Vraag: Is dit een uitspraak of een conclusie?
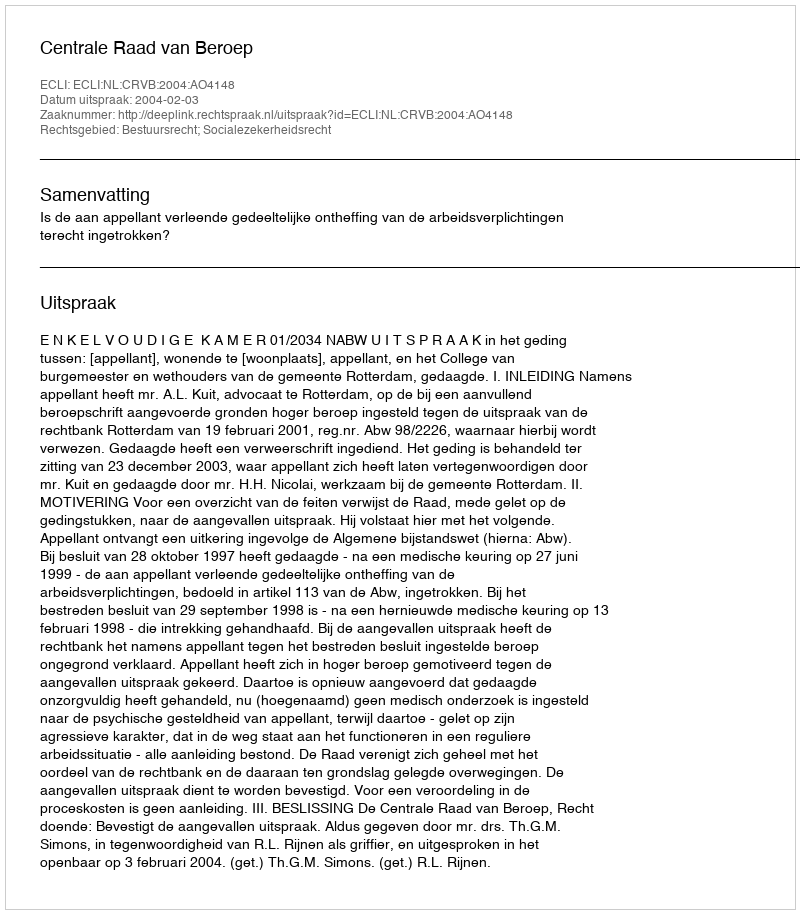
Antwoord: Uitspraak